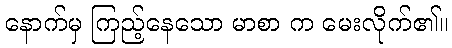
နောက်မှ ကြည့်နေသော မာစာ က မေးလိုက်၏။